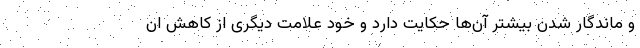
و ماندگار شدن بیشتر آن‌ها حکایت دارد و خود علامت دیگری از کاهش ان